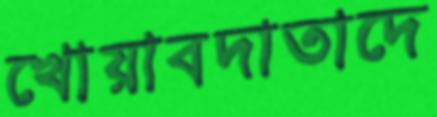
খোয়াবদাতাদে